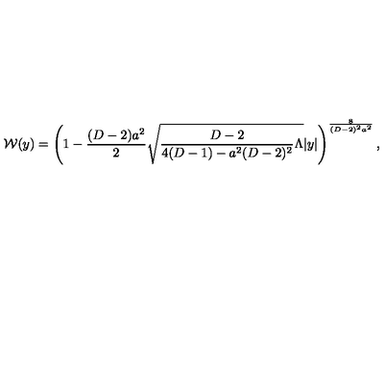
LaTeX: { \cal W } ( y ) = \left( 1 - { \frac { ( D - 2 ) a ^ { 2 } } { 2 } } \sqrt { { \frac { D - 2 } { 4 ( D - 1 ) - a ^ { 2 } ( D - 2 ) ^ { 2 } } } \Lambda } | y | \right) ^ { \frac { 8 } { ( D - 2 ) ^ { 2 } a ^ { 2 } } } ,